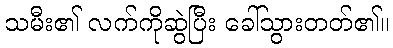
သမီး၏ လက်ကိုဆွဲပြီး ခေါ်သွားတတ်၏။